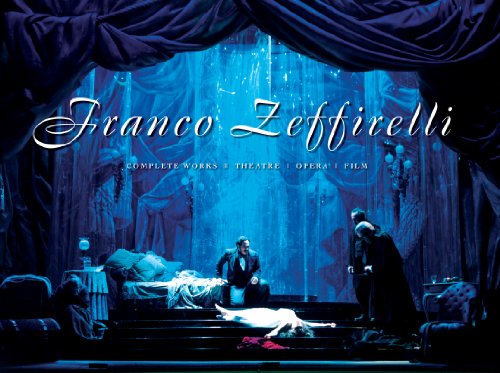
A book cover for Franco Zeffirelli: Complete Works - Theatre, Opera, Film; Humor & Entertainment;